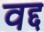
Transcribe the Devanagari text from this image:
वद्द